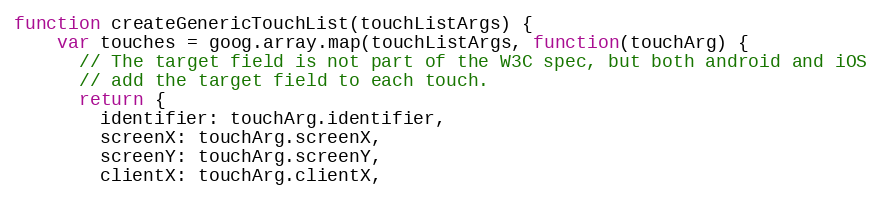
Language: JavaScript
function createGenericTouchList(touchListArgs) {
    var touches = goog.array.map(touchListArgs, function(touchArg) {
      // The target field is not part of the W3C spec, but both android and iOS
      // add the target field to each touch.
      return {
        identifier: touchArg.identifier,
        screenX: touchArg.screenX,
        screenY: touchArg.screenY,
        clientX: touchArg.clientX,